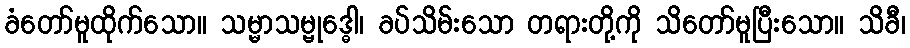
ခံတော်မူထိုက်သော။ သမ္မာသမ္ဗုဒ္ဓေါ၊ ခပ်သိမ်းသော တရားတို့ကို သိတော်မူပြီးသော။ သိခီ၊